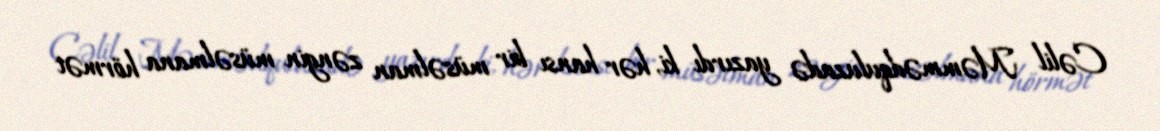
Cəlil Məmmədquluzadə yazırdı ki, hər hansı bir müsəlman zəngin müsəlmana hörmət